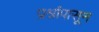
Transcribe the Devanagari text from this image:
प्रश्नांपासून